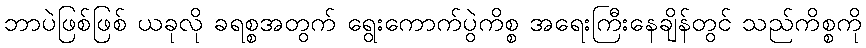
ဘာပဲဖြစ်ဖြစ် ယခုလို ခရစ္စအတွက် ရွေးကောက်ပွဲကိစ္စ အရေးကြီးနေချိန်တွင် သည်ကိစ္စကို